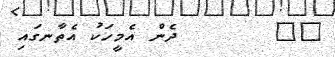
١٣       ދެން އެމީހަކު އެތާނގައި